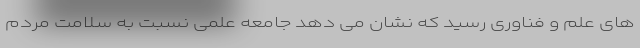
های علم و فناوری رسید که نشان می دهد جامعه علمی نسبت به سلامت مردم